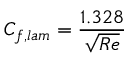
C _ { f , l a m } = { \frac { 1 . 3 2 8 } { \sqrt { R e } } }